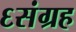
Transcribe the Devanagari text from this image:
६संग्रह